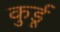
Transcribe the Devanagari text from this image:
कुर्डू